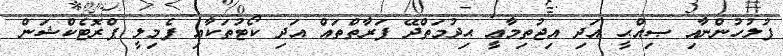
ފުލުހުންނާއި ޞިއްޙީ އަދި އިޖުތިމާޢީ ޙިދުމަތްދޭ ފަރާތްތައް އަދި ކޯޓުތަކާއި ފެމިލީ ޕްރޮޓެކްޝަން